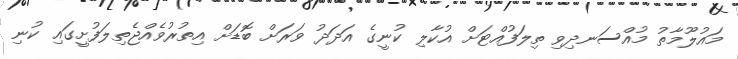
މައުލޫމާތު މުއްސަނދިވި ތިލަފުއްޓަށް އުކާލި ކުނީގެ އަދަދު ވަރަށް ބޮޑަށް އިތުރުވެއްޖެތިލަފުށީގައި ކުނި